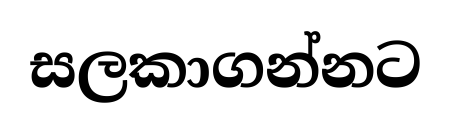
සලකාගන්නට